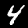
Digit: 4